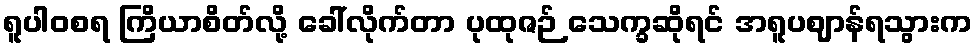
ရူပါဝစရ ကြိယာစိတ်လို့ ခေါ်လိုက်တာ ပုထုဇဉ် သေက္ခဆိုရင် အရူပဈာန်ရသွားက